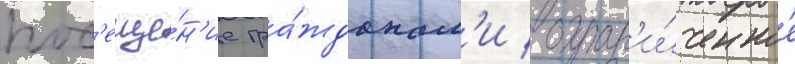
пос'еще́н'ие гра́жданам'и / огран'и́ченное